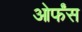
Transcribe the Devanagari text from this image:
ओर्फंस